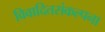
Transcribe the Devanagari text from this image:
विवादितसंकल्पना